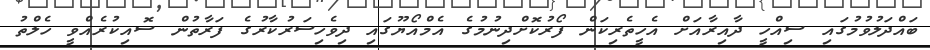
ބައްދަލުވުމުގައި ސިއްހީ ދާއިރާއަށް އެހީތެރިކަން ފޯރުކޮށްދިނުމުގެ އެމްއޯޔޫގައި ދިވެހިސަރުކާރުގެ ފަރާތުން ސޮއިކުރެއްވީ ހެލްތު